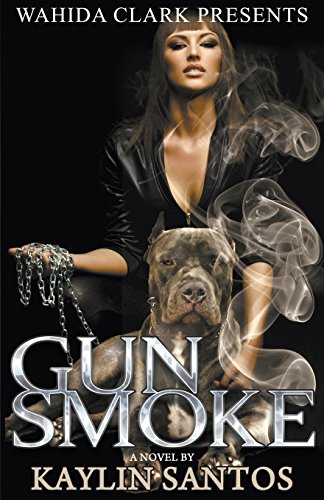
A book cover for Gun Smoke (Wahida Clark Presents); Kaylin Santos; Romance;